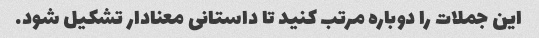
این جملات را دوباره مرتب کنید تا داستانی معنادار تشکیل شود.